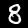
Label: 8